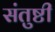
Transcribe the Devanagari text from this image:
संतुष्टी